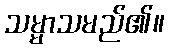
သမ္မာသမည်၏။